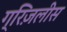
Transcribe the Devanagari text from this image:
ग्रिज़लीस